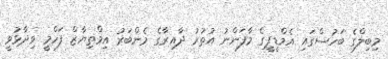
މިބިލްގެ ބަހުސްގައި އެމްޑީޕީގެ މާފަންނު އުތުރު ދާއިރާގެ މެންބަރު އިމްތިޔާޒް ފަހްމީ ވިދާޅުވީ